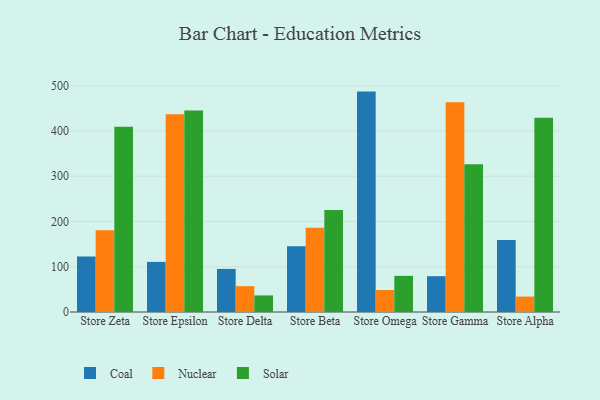
{"axis": {"x": "Store", "y": "Churn Rate (%)"}, "legend": ["Coal", "Nuclear", "Solar"], "data": [{"x": "Store Zeta", "y": 122.7, "type": "Coal"}, {"x": "Store Zeta", "y": 180.5, "type": "Nuclear"}, {"x": "Store Zeta", "y": 409.4, "type": "Solar"}, {"x": "Store Epsilon", "y": 110.7, "type": "Coal"}, {"x": "Store Epsilon", "y": 436.6, "type": "Nuclear"}, {"x": "Store Epsilon", "y": 444.8, "type": "Solar"}, {"x": "Store Delta", "y": 95.2, "type": "Coal"}, {"x": "Store Delta", "y": 57.0, "type": "Nuclear"}, {"x": "Store Delta", "y": 36.6, "type": "Solar"}, {"x": "Store Beta", "y": 145.3, "type": "Coal"}, {"x": "Store Beta", "y": 186.1, "type": "Nuclear"}, {"x": "Store Beta", "y": 225.5, "type": "Solar"}, {"x": "Store Omega", "y": 486.8, "type": "Coal"}, {"x": "Store Omega", "y": 48.6, "type": "Nuclear"}, {"x": "Store Omega", "y": 79.8, "type": "Solar"}, {"x": "Store Gamma", "y": 79.1, "type": "Coal"}, {"x": "Store Gamma", "y": 463.2, "type": "Nuclear"}, {"x": "Store Gamma", "y": 326.1, "type": "Solar"}, {"x": "Store Alpha", "y": 158.8, "type": "Coal"}, {"x": "Store Alpha", "y": 34.1, "type": "Nuclear"}, {"x": "Store Alpha", "y": 429.2, "type": "Solar"}]}